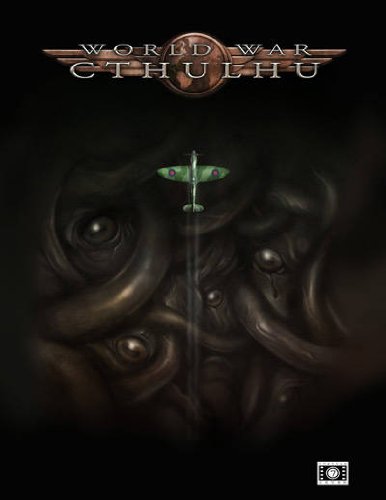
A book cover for World War Cthulhu The Darkest Hour; Science Fiction & Fantasy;